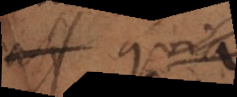
a quia